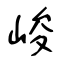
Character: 峻